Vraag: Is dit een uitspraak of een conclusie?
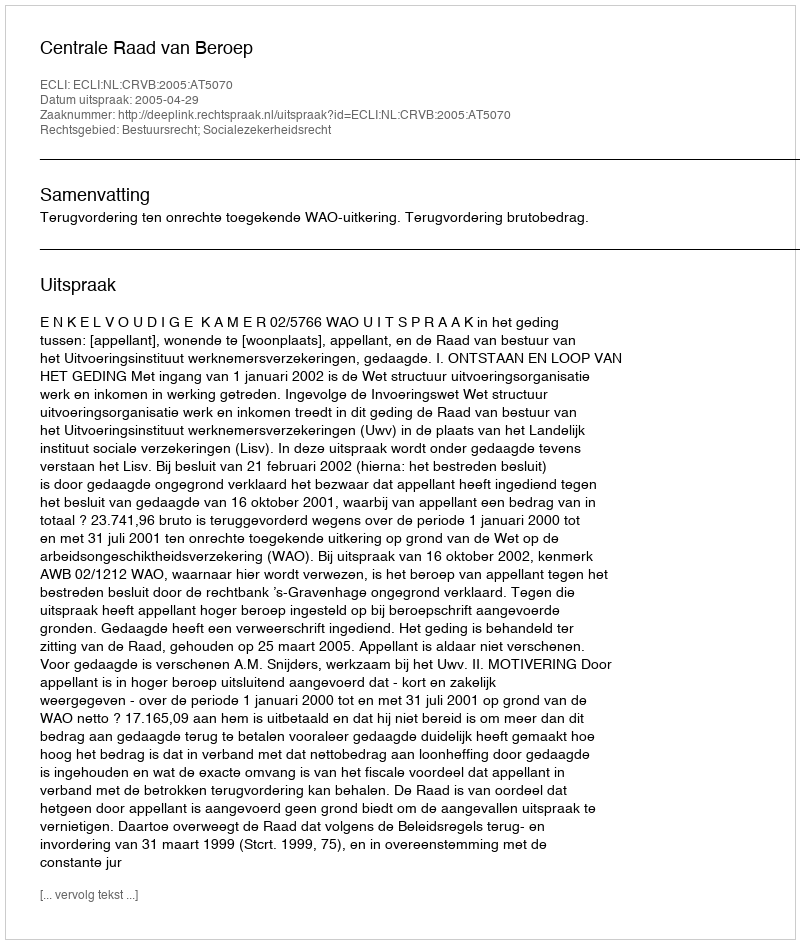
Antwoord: Uitspraak